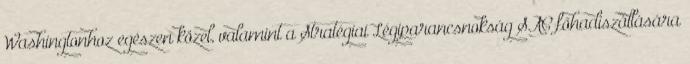
Washingtonhoz egészen közel, valamint a Stratégiai Légiparancsnokság SAC főhadiszállására